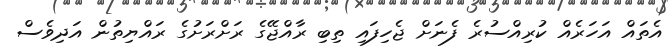
އެތައް އަހަރެއް ކުރިއްސުރެ ފެނަށް ޖެހިފައި ތިބި ރާއްޖޭގެ ރަށްރަށުގެ ރައްޔިތުން އަދިވެސް